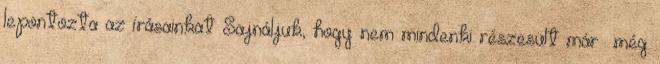
lepontozta az írásainkat Sajnáljuk, hogy nem mindenki részesült már még